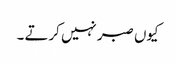
کیوں صبر نہیں کرتے ۔